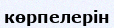
көрпелерін